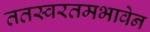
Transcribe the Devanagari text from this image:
ततस्वरतमभावेन